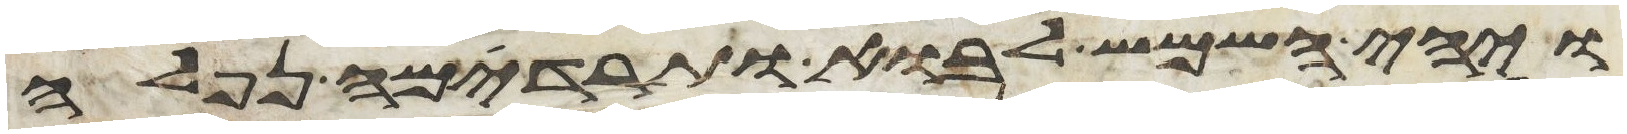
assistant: ויהי השמש לבוא ותרדמה נפלה